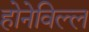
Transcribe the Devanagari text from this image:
होनेविल्ल